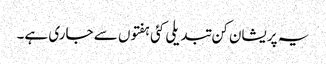
یہ پریشان کن تبدیلی کئی ہفتوں سے جاری ہے۔